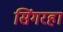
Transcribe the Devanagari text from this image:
सिंगरहा